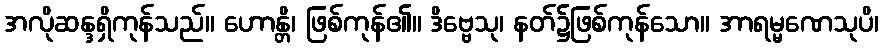
အလိုဆန္ဒရှိကုန်သည်။ ဟောန္တိ၊ ဖြစ်ကုန်၏။ ဒိဗ္ဗေသု၊ နတ်၌ဖြစ်ကုန်သော။ အာရမ္မဏေသုပိ၊